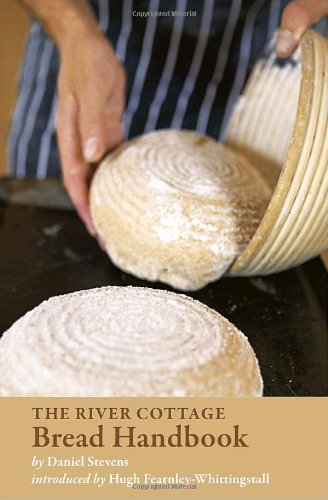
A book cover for The River Cottage Bread Handbook; Daniel Stevens; Cookbooks, Food & Wine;